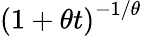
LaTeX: \left(1+\theta t\right)^{-1/\theta}